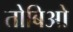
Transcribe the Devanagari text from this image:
तोबिओ